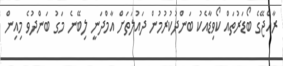
ރާއްޖޭގެ ބޯޑަރުތައް ކޯވިޑާއެކު ބަންދުކުރުމުން ދައުލަތަށް އާމްދަނީ ލިބޭނެ މަގު ބަންދުވެ މިއިން